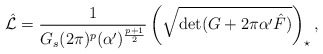
\begin{align*}\hat{\cal L}=\frac{1}{G_s(2\pi )^p(\alpha^\prime )^{\frac{p+1}{2}}}\left(\sqrt{\mbox{det}(G+2\pi\alpha^\prime \hat{F})}\right)_{\star},\end{align*}